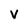
Character: V